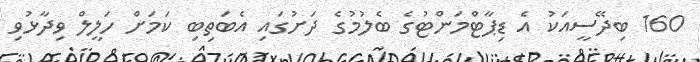
160 ބިދޭސީއަކު އެ ޑިޕާޓްމަންޓުގެ ބެލުމުގެ ދަށުގައި އެބަތިބި ކަމަށް ހަލީލް ވިދާޅުވި